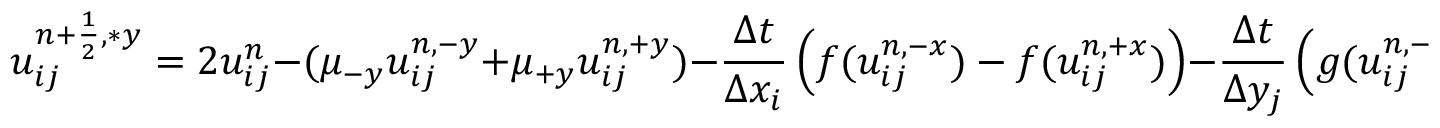
u _ { i j } ^ { { n + \frac { 1 } { 2 } } , \ast y } = 2 u _ { i j } ^ { n } - ( \mu _ { - y } u _ { i j } ^ { n , - y } + \mu _ { + y } u _ { i j } ^ { n , + y } ) - \frac { \Delta t } { \Delta x _ { i } } \left( f ( u _ { i j } ^ { n , - x } ) - f ( u _ { i j } ^ { n , + x } ) \right) - \frac { \Delta t } { \Delta y _ { j } } \left( g ( u _ { i j } ^ { n , - y } ) - g ( u _ { i j } ^ { n , + y } ) \right)